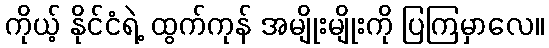
ကိုယ့် နိုင်ငံရဲ့ ထွက်ကုန် အမျိုးမျိုးကို ပြကြမှာလေ။